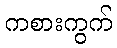
ကစားကွက်